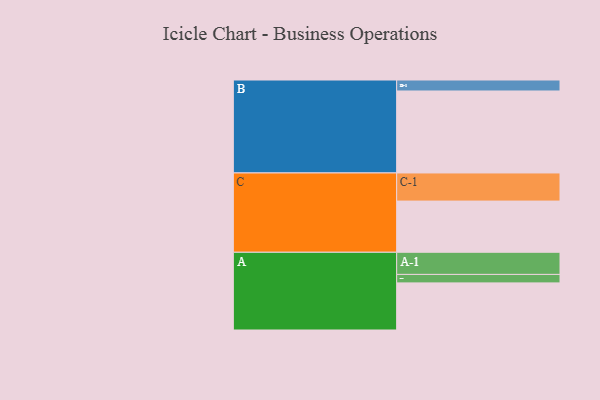
{"axis": {"x": "Segment", "y": "Value"}, "legend": ["", "A", "B", "C"], "data": [{"x": "A", "y": 300, "type": ""}, {"x": "B", "y": 522, "type": ""}, {"x": "C", "y": 326, "type": ""}, {"x": "A-1", "y": 141, "type": "A"}, {"x": "A-2", "y": 54, "type": "A"}, {"x": "B-1", "y": 70, "type": "B"}, {"x": "C-1", "y": 179, "type": "C"}]}